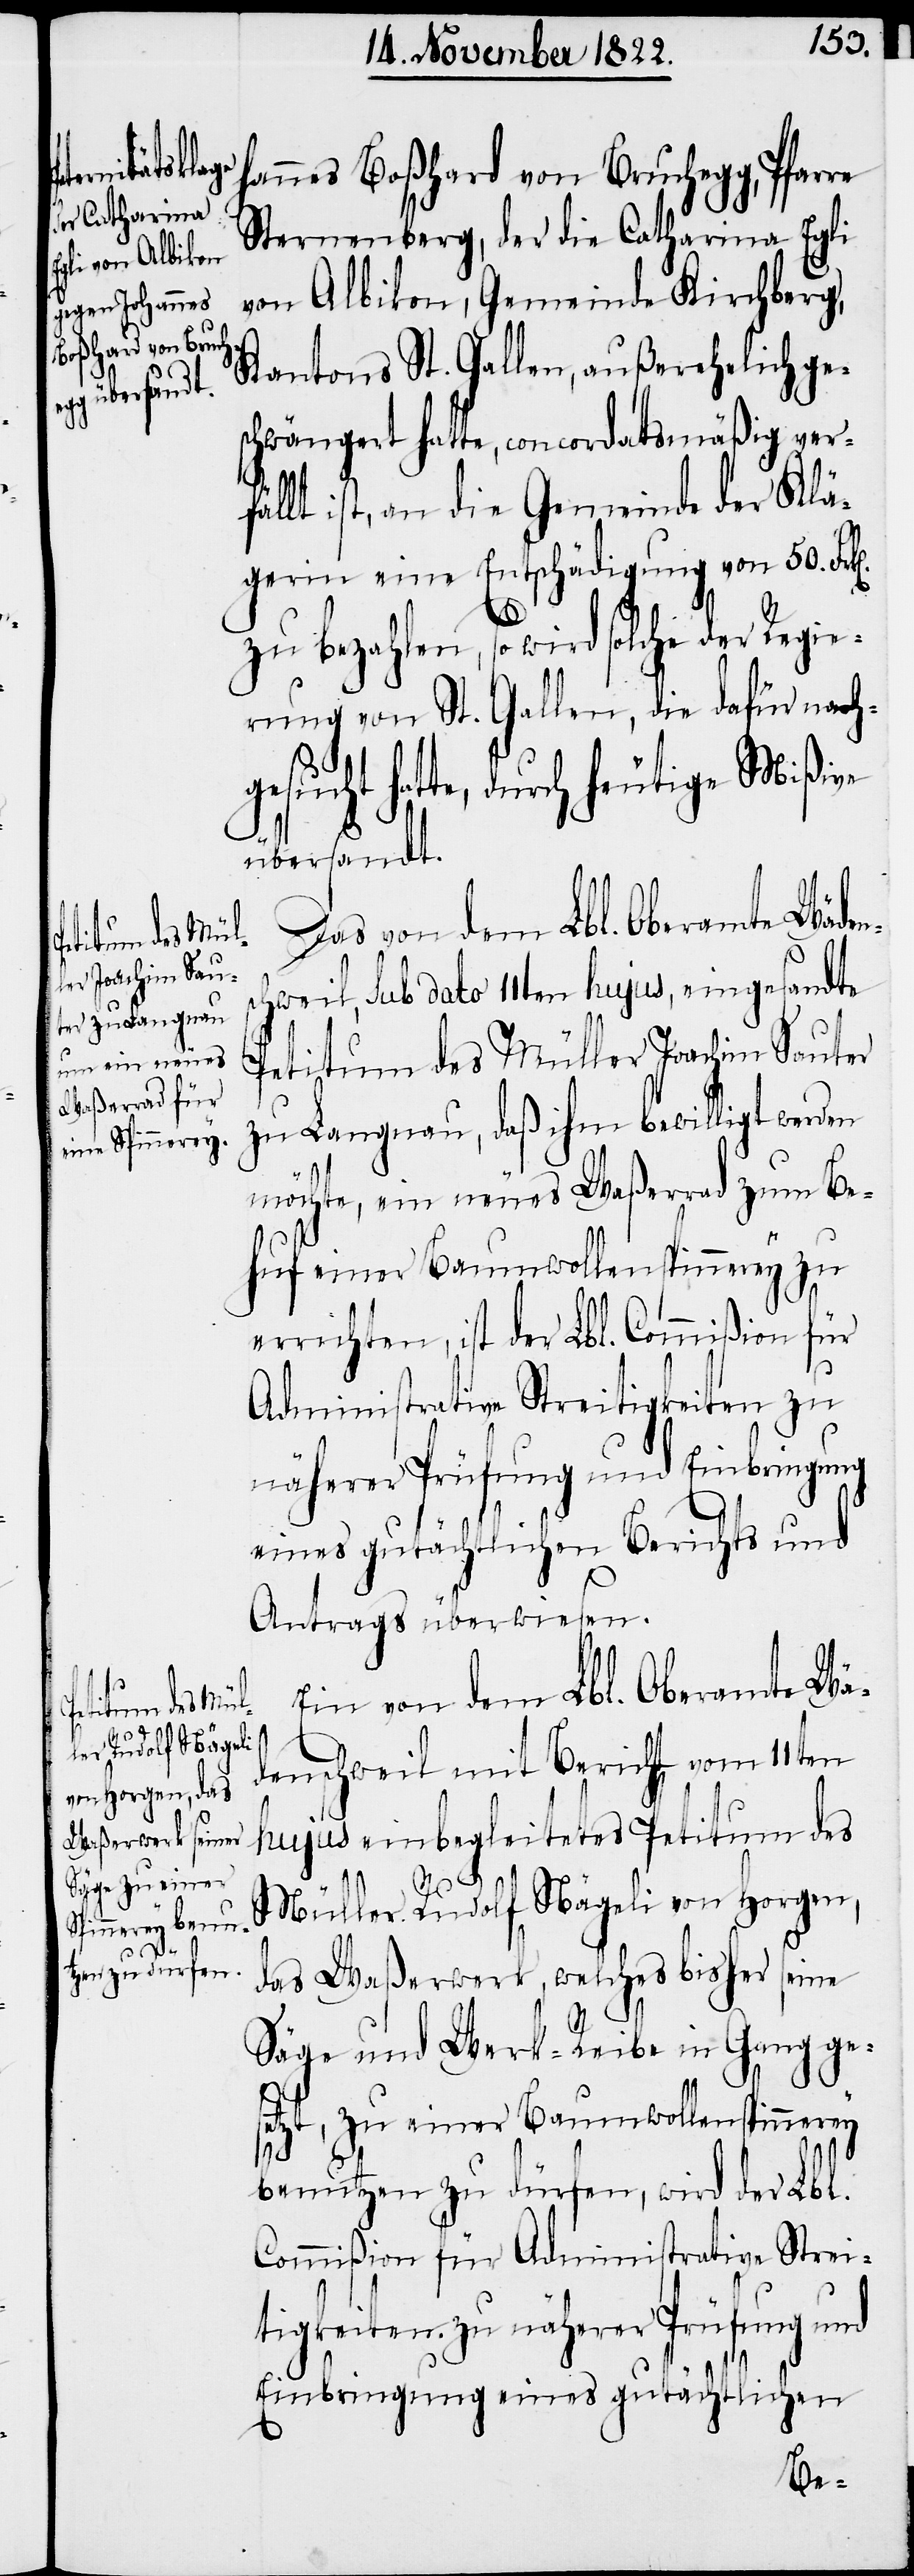
s¬

hannes Boßhard von Bruchegg, Pfarre
Sternenberg, der die Catharina Egli
von Albikon, Gemeinde Kirchberg,
Kantons St. Gallen, außerehelich ge¬
schwängert hatte, concordatsmäßig ver¬
fällt ist, an die Gemeinde der Klä¬
gerin eine Entschädigung von 50.
zu bezahlen, so wird solche der Regie¬
rung von St. Gallen, die dafür nachg¬
esucht hatte, durch heutige Mißive
übersandt.
Das von dem Lbl. Oberamte Wäden¬
chweil, sub dato 11ten hujus, eingesandte
Petitum des Müller Joachim Sauter
zu Langnau, daß ihm bewilligt werden
möchte, ein neues Waßerrad zum Be¬
huf einer Baumwollenspinnerey zu
errichten, ist der Lbl. Commißion für
Administrative Streitigkeiten zu
näherer Prüfung und Einbringung
eines gutächlichen Berichts und
Antrags überwiesen.
Ein von dem Lbl. Oberamte Wä¬
denschweil mit Bericht vom 11ten
hujus einbegleitetes Petitum des
Müller Rudolf Nägeli von Horgen,
das Waßerwerk, welches bisher seine
Säge und Werk-Reibe in Gang ge¬
setzt, zu einer Baumwollenspinnerey
benutzen zu dürfen, wird der Lbl.
Commißion für Administrative Strei¬
tigkeiten zu näherer Prüfung und
Einbringung eines gutächtlichen